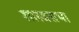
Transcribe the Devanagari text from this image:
शास्त्रसभा